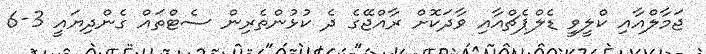
ޖަމާލްއާއި ކްލީވީ ޑެލްޕެޗްއާއި ވާދަކޮށް ރާއްޖޭގެ ދެ ކުޅުންތެރިން ސެޓްތައް ގެންދިޔައީ 3-6